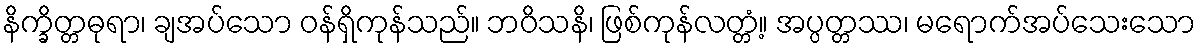
နိက္ခိတ္တဓုရာ၊ ချအပ်သော ဝန်ရှိကုန်သည်။ ဘဝိသနိ၊ ဖြစ်ကုန်လတ္တံ့။ အပ္ပတ္တဿ၊ မရောက်အပ်သေးသော